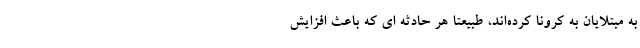
به مبتلایان به کرونا کرده‌اند، طبیعتاً هر حادثه ای که باعث افزایش